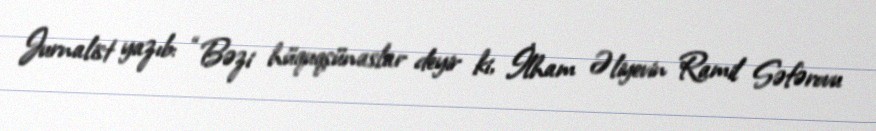
Jurnalist yazıb: “Bəzi hüquqşünaslar deyir ki, İlham Əliyevin Ramil Səfərovu